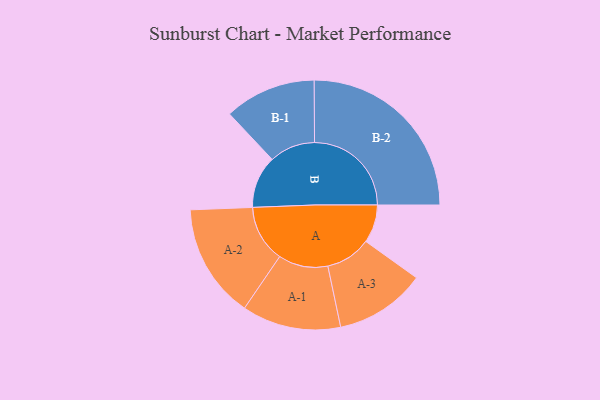
{"axis": {"x": "Segment", "y": "Value"}, "legend": ["", "A", "B"], "data": [{"x": "A", "y": 104, "type": ""}, {"x": "B", "y": 143, "type": ""}, {"x": "A-1", "y": 135, "type": "A"}, {"x": "A-2", "y": 156, "type": "A"}, {"x": "A-3", "y": 124, "type": "A"}, {"x": "B-1", "y": 125, "type": "B"}, {"x": "B-2", "y": 264, "type": "B"}]}